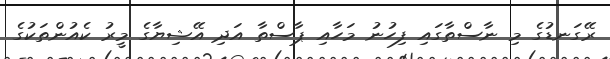
ރޭގަނޑުގެ މި ނާސްތާގައި ފިހުނު މަހާއި ޕާސްތާ އަދި އޭޝިޔާގެ މީރު ކެއުންތަކުގެ